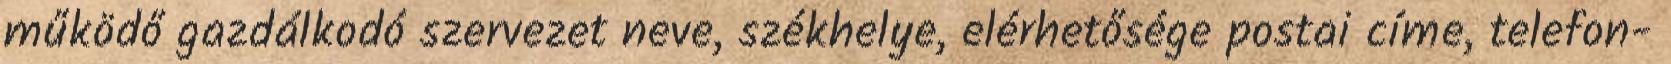
működő gazdálkodó szervezet neve, székhelye, elérhetősége postai címe, telefon-